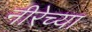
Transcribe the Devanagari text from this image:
नीरेच्या